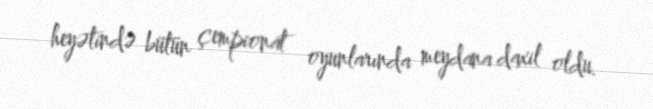
heyətində bütün çempionat oyunlarında meydana daxil oldu.